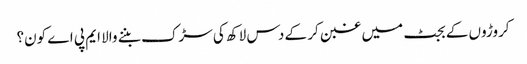
کروڑوں کے بجٹ میں غبن کر کے دس لاکھ کی سڑک بننے والا ایم پی اے کون؟